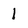
Character: 1